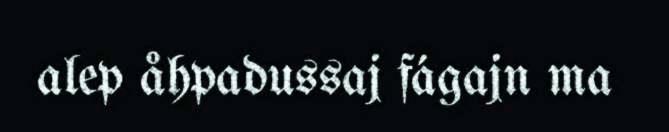
alep åhpadussaj fágajn ma